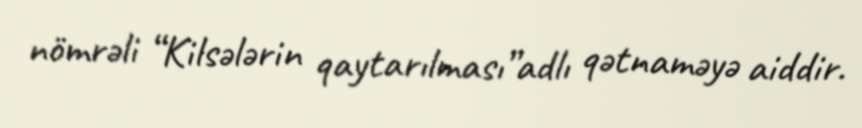
nömrəli “Kilsələrin qaytarılması”adlı qətnaməyə aiddir.